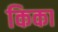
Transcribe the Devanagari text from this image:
किका